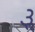
૩ૢ